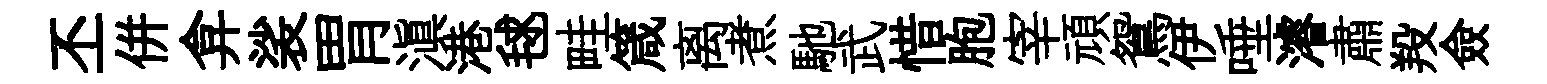
丕併弇裟胃滇港毬畦箴离煮馳武惜胞宰頑鴛伊唾濬肅羖僉